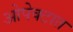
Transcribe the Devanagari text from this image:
ओपेक्टात